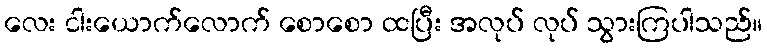
လေး ငါးယောက်လောက် စောစော ထပြီး အလုပ် လုပ် သွားကြပါသည်။